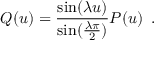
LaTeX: Q ( u ) = \frac { \sin ( \lambda u ) } { \sin ( \frac { \lambda \pi } { 2 } ) } P ( u ) \, \, \, .